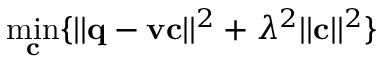
\operatorname* { m i n } _ { \mathbf { c } } \{ | | \mathbf { q - v c } | | ^ { 2 } + \lambda ^ { 2 } | | \mathbf { c } | | ^ { 2 } \}